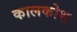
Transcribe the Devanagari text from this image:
कालकोश